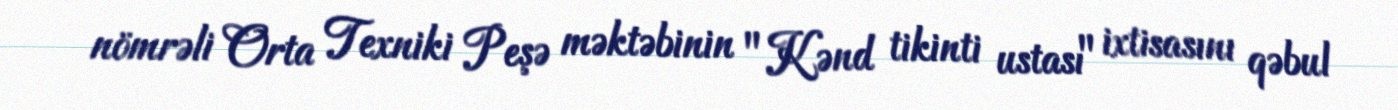
nömrəli Orta Texniki Peşə məktəbinin "Kənd tikinti ustası" ixtisasını qəbul